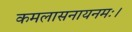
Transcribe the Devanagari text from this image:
कमलासनायनमः।